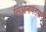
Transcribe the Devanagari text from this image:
लिओनायडसचे